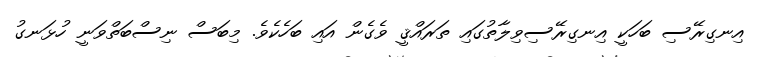
އިނގިރޭސި ބަހަކީ އިނގިރޭސިވިލާތުގައި ތަރައްޤީ ވެގެން އައި ބަހެކެވެ. މިބަސް ނިސްބަތްވަނީ ހުޅަނގު